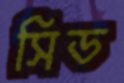
সিড